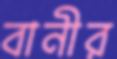
বানীর